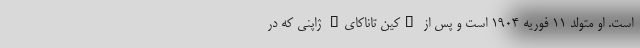
است. او متولد 11 فوریه 1904 است و پس از "کین تاناکای" ژاپنی که در